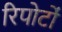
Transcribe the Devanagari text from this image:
रिपोर्टाें